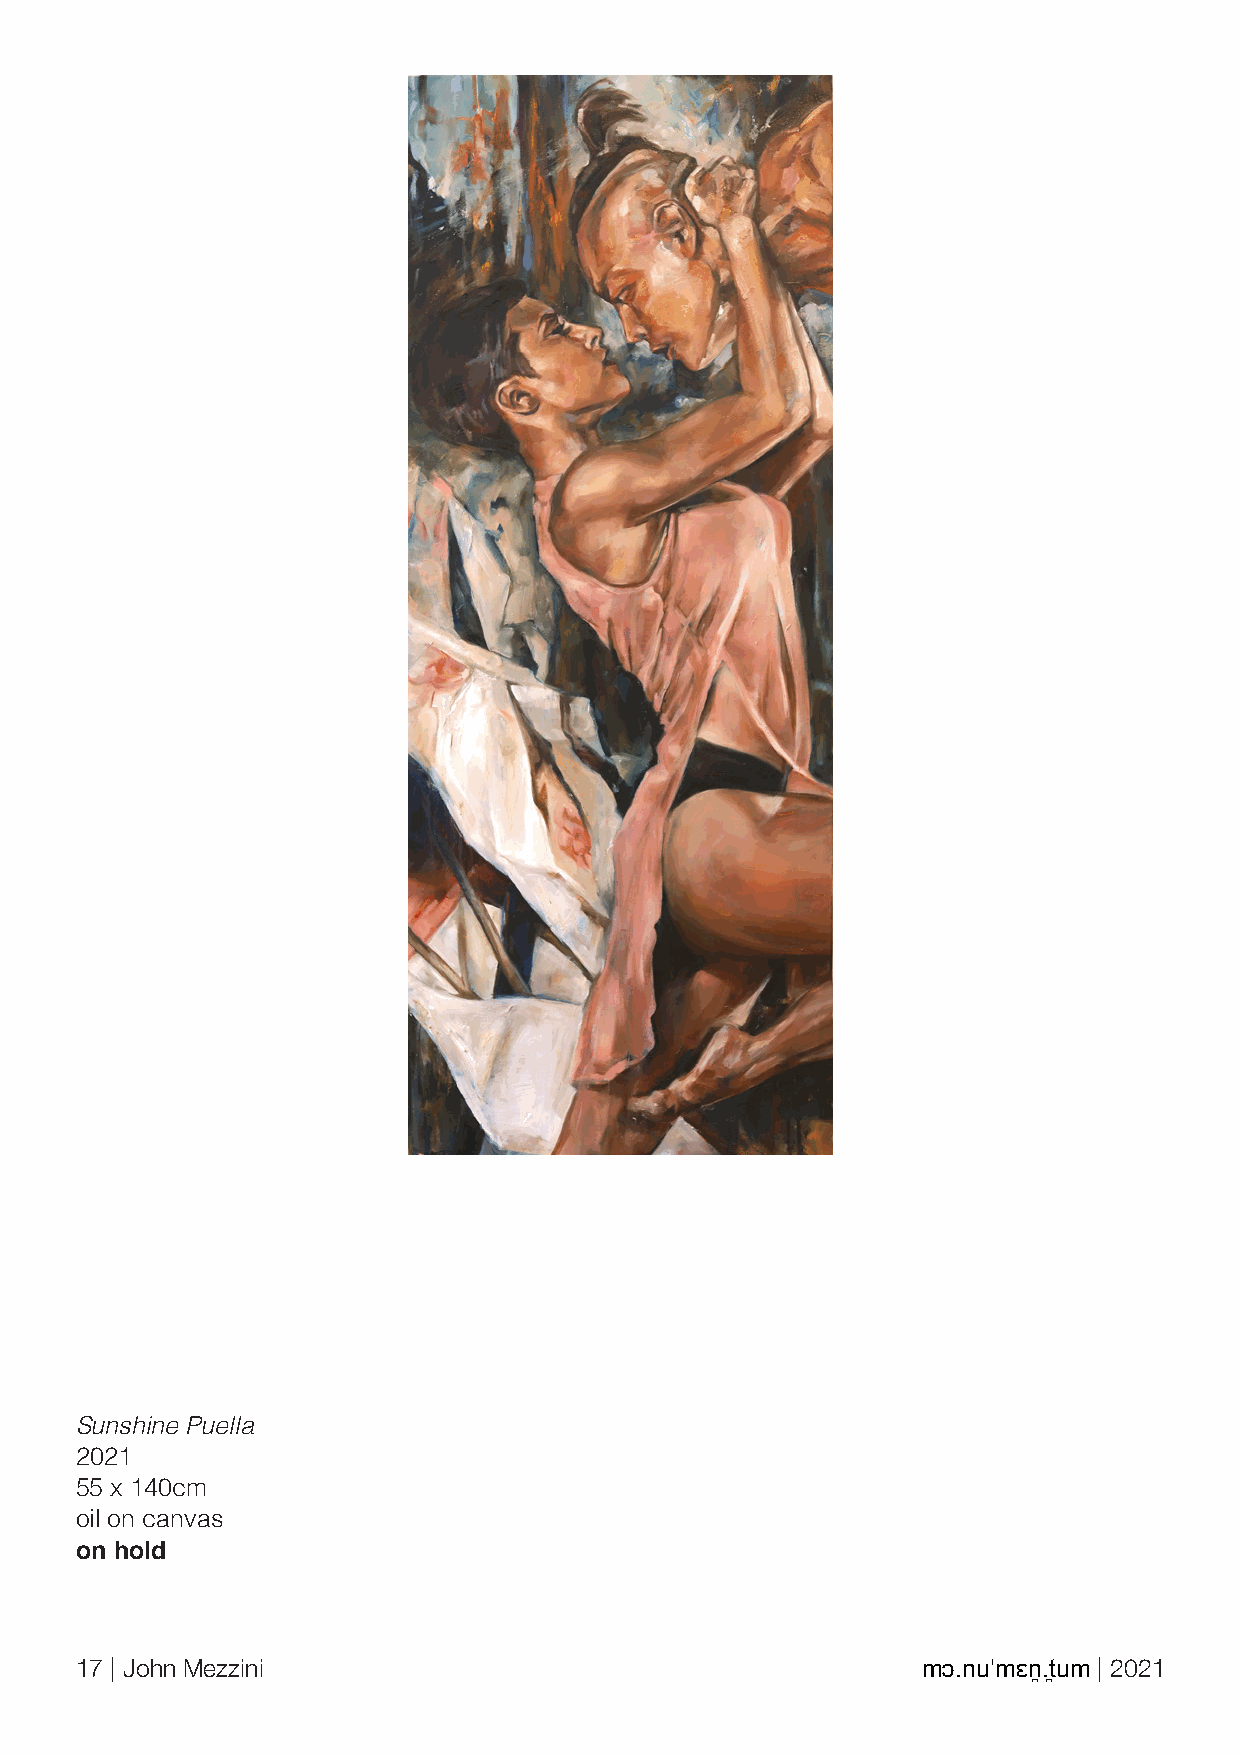
Sunshine Puella
 2021
 55 x 140cm
 oil on canvas
 on hold
 17 | John Mezzini                                       mɔ.nuˈmɛn̪.t̪um | 2021